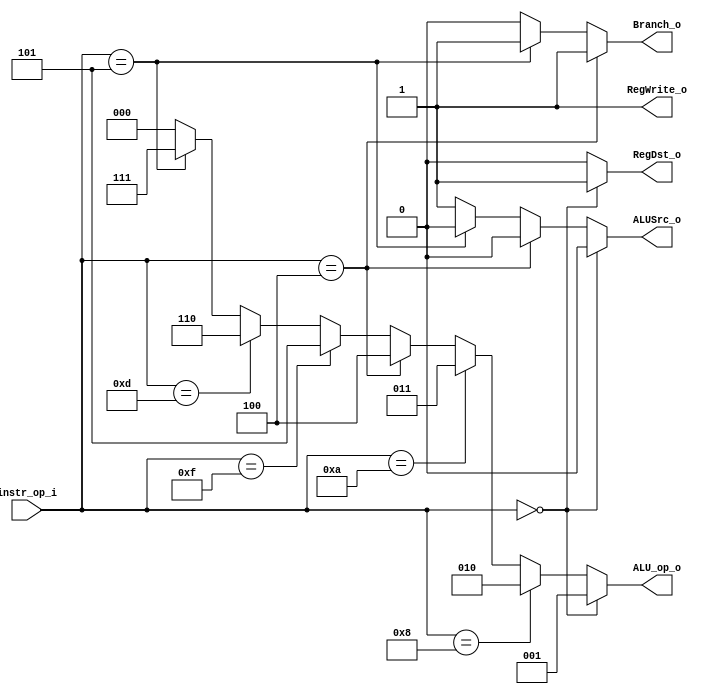
//Subject:     CO project 2 - Decoder
//--------------------------------------------------------------------------------
//Version:     1
//--------------------------------------------------------------------------------
//Writer:      
//----------------------------------------------
//Date:        
//----------------------------------------------
//Description: 
//--------------------------------------------------------------------------------

module Decoder(
    instr_op_i,
	RegWrite_o,
	ALU_op_o,
	ALUSrc_o,
	RegDst_o,
	Branch_o
	);
     
//I/O ports
input  [6-1:0] instr_op_i;

output         RegWrite_o;
output [3-1:0] ALU_op_o;
output         ALUSrc_o;
output         RegDst_o;
output         Branch_o;
 
//Internal Signals
wire    [3-1:0] ALU_op_o;
wire            ALUSrc_o;
wire            RegWrite_o;
wire            RegDst_o;
wire            Branch_o;

//Parameter


//Main function
assign ALUSrc_o = (instr_op_i==6'd0)?1'b0:
			(instr_op_i==6'd4)?1'b0:
			(instr_op_i==6'd5)?1'b0:1'b1;
assign RegWrite_o = 1'b1;
assign ALU_op_o = (instr_op_i==6'd0)?3'b001:		//ADD, SUB, AND, OR, SLT, SLL, SRLV
			(instr_op_i==6'd8)?3'b010:	//ADDI
			(instr_op_i==6'd10)?3'b011:	//SLTI
			(instr_op_i==6'd4)?3'b100:	//BEQ
			(instr_op_i==6'd15)?3'b101:	//LUI
			(instr_op_i==6'd13)?3'b110:	//ORI
			(instr_op_i==6'd5)?3'b111:0;	//BNE

assign RegDst_o = (instr_op_i==6'd0)?1'b1:1'b0;
assign Branch_o = (instr_op_i==6'd4)?1'b1:(instr_op_i==6'd5)?1'b1:1'b0;

endmodule